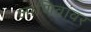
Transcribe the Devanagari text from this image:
जाणिवांवर